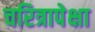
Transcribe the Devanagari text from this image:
चरित्रापेक्षा